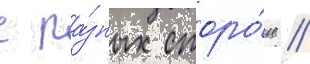
с ра́зных сторо́н //